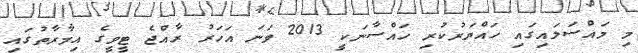
މި މައްސަލައިގައި ހައްޔަރުުކުރި ހައްސާނަކީ 2013 ވަނަ އަހަރު ރާއްޖެ ޓީވީގެ އިމާރާތުގައި